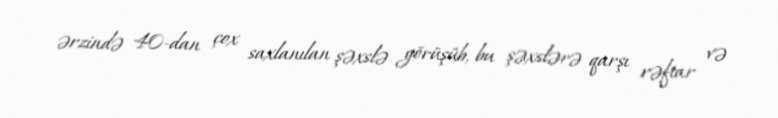
ərzində 40-dan çox saxlanılan şəxslə görüşüb, bu şəxslərə qarşı rəftar və